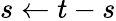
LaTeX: s\leftarrow t-s